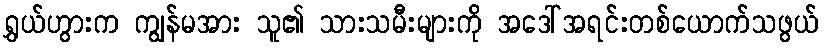
ရွှယ်ဟွားက ကျွန်မအား သူ၏ သားသမီးများကို အဒေါ်အရင်းတစ်ယောက်သဖွယ်